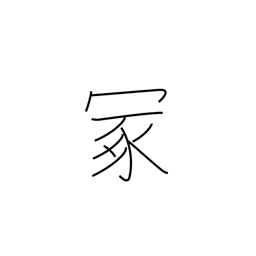
Meaning: hillock